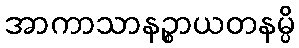
အာကာသာနဉ္စာယတနမ္ပိ